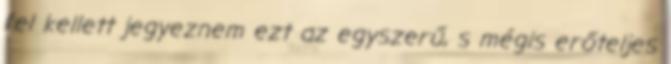
fel kellett jegyeznem ezt az egyszerű, s mégis erőteljes